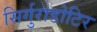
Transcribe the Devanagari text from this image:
सिर्गुराडोटिर